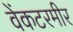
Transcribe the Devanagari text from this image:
वेंकटरमीर